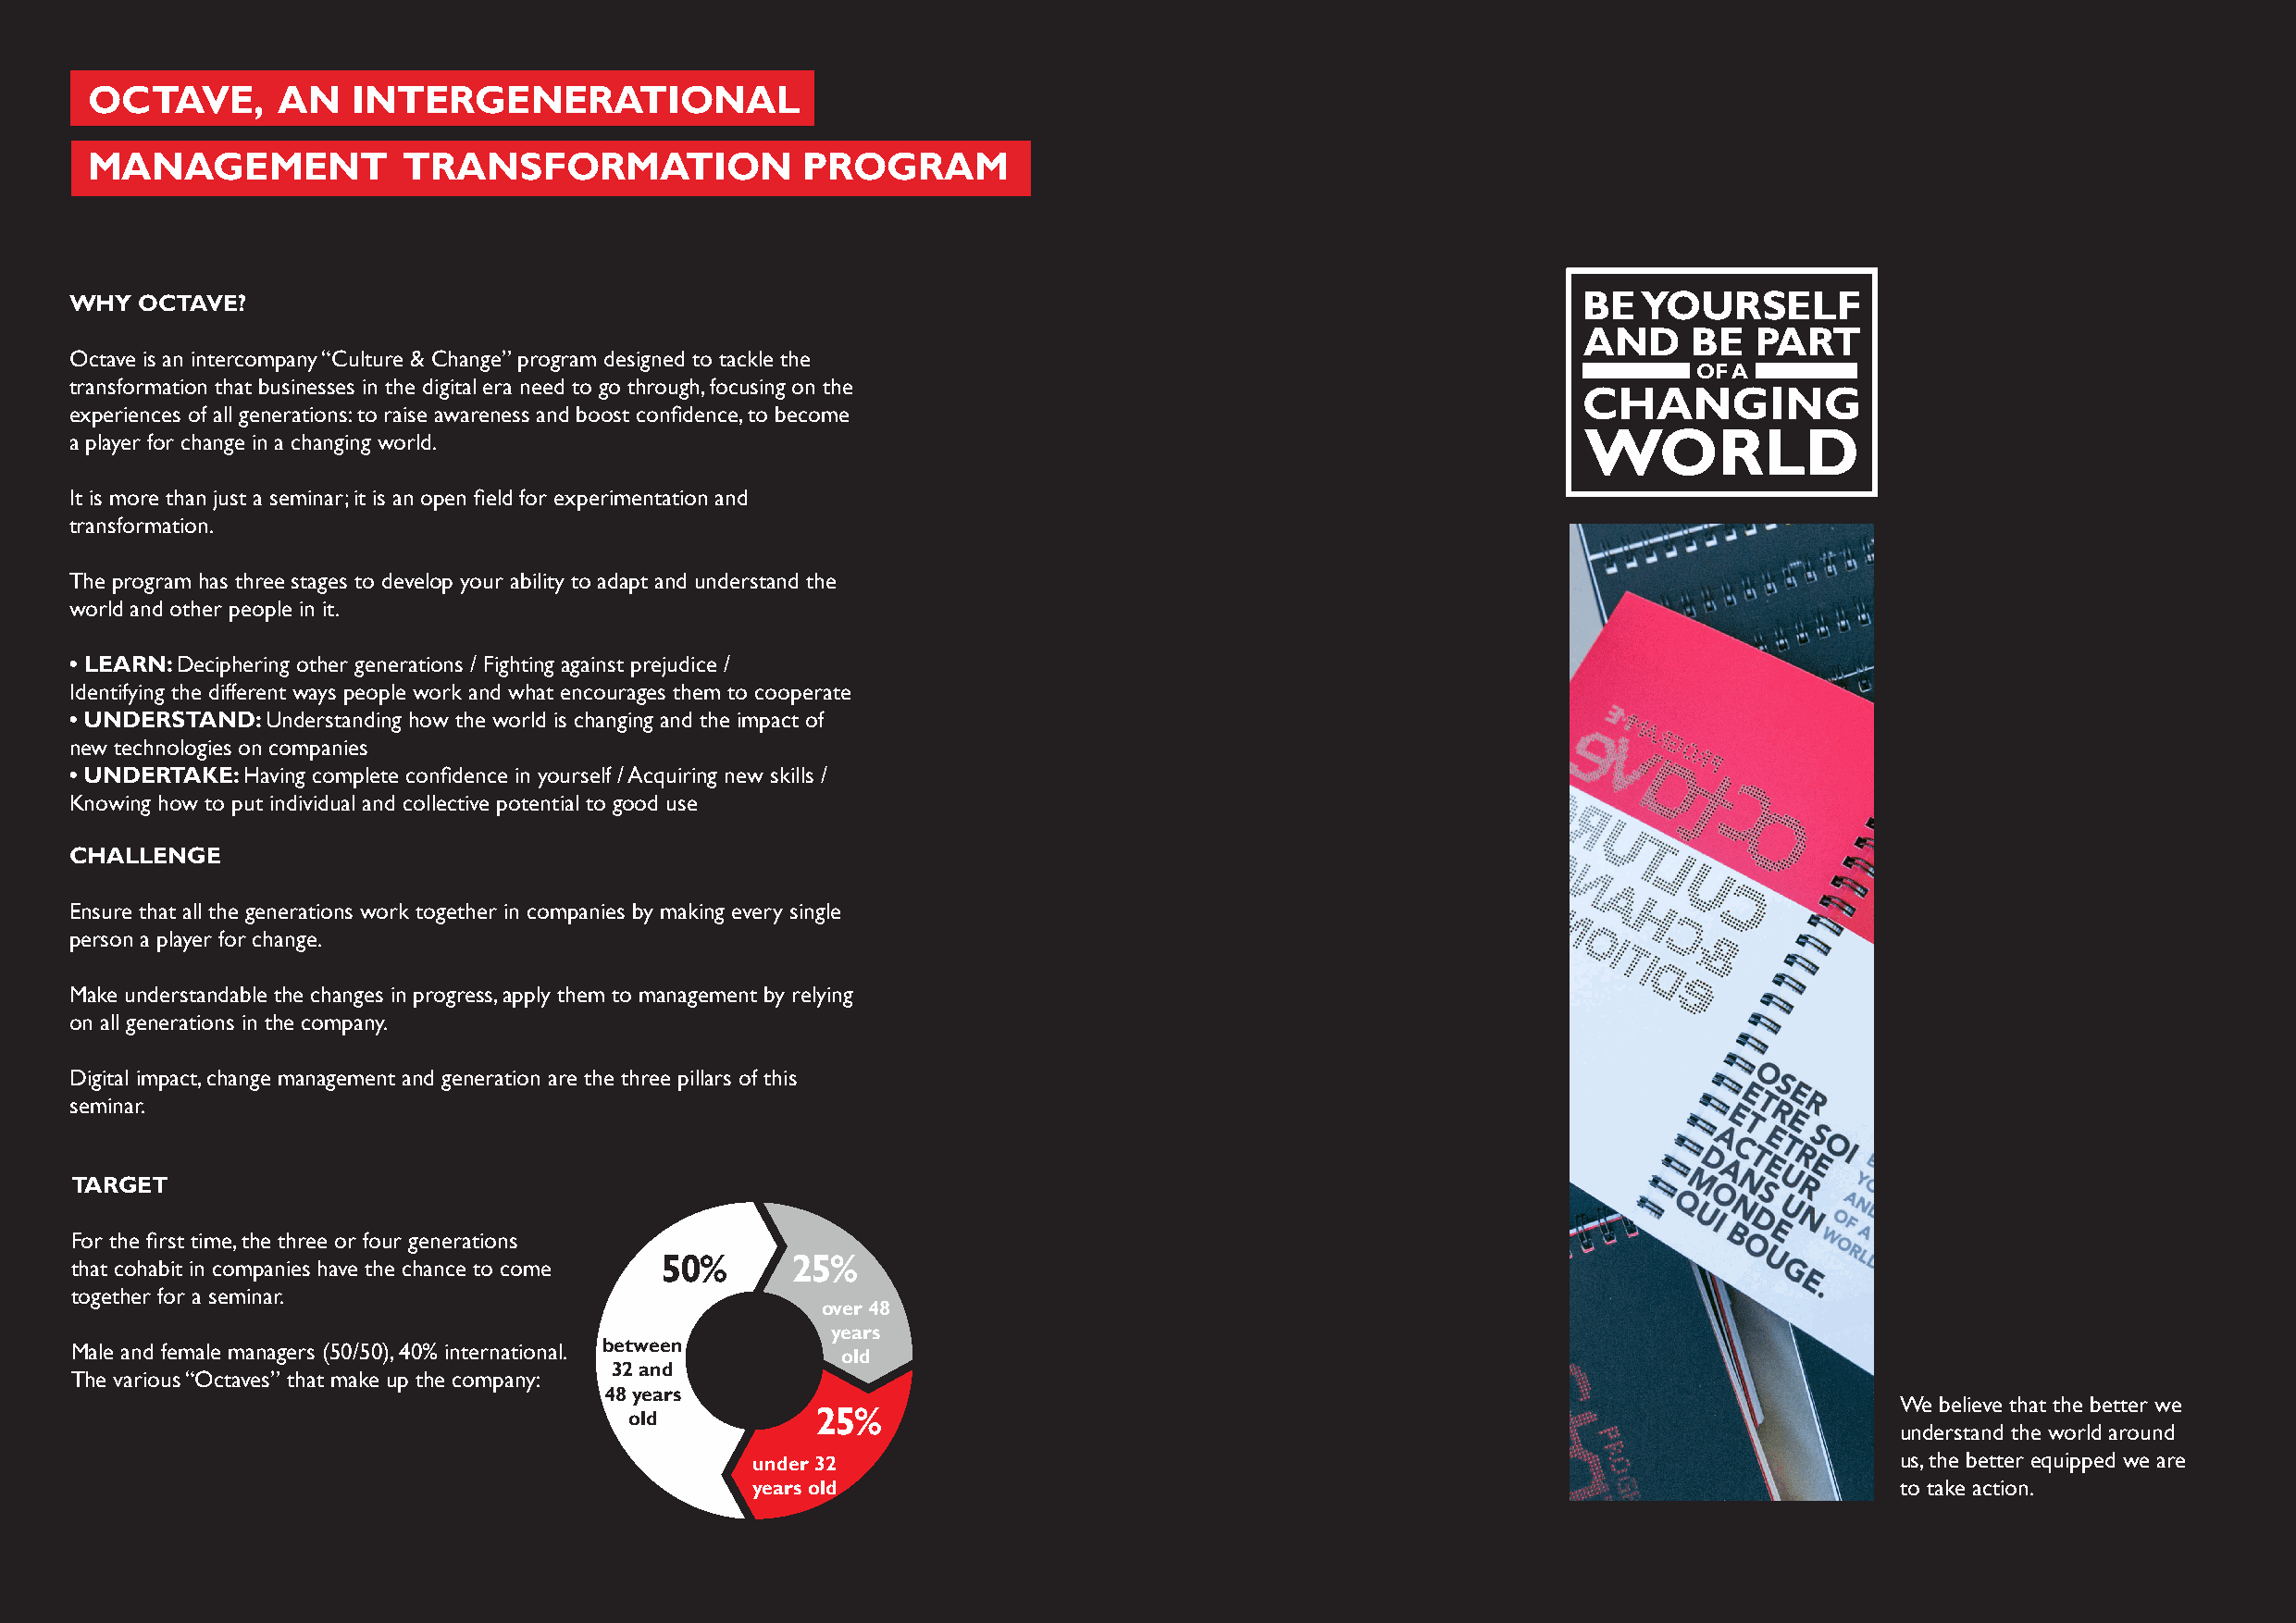
OCTAVE,       AN   INTERGENERATIONAL
 MANAGEMENT             TRANSFORMATION              PROGRAM
 WHY  OCTAVE?                                                                                                BE  YOURSELF
 AND     BE   PART
 Octave is an intercompany “Culture & Change” program designed to tackle the
 OF A
 transformation that businesses in the digital era need to go through, focusing on the
 CHANGING
 experiences of all generations: to raise awareness and boost confidence, to become
 a player for change in a changing world.                                                                    WORLD
 It is more than just a seminar; it is an open field for experimentation and
 transformation.
 The program has three stages to develop your ability to adapt and understand the
 world and other people in it.
 • LEARN: Deciphering other generations / Fighting against prejudice /
 Identifying the different ways people work and what encourages them to cooperate
 • UNDERSTAND: Understanding how the world is changing and the impact of
 new technologies on companies
 • UNDERTAKE: Having complete confidence in yourself / Acquiring new skills /
 Knowing how to put individual and collective potential to good use
 CHALLENGE
 Ensure that all the generations work together in companies by making every single
 person a player for change.
 Make understandable the changes in progress, apply them to management by relying
 on all generations in the company.
 Digital impact, change management and generation are the three pillars of this
 seminar.
 TARGET
 For the first time, the three or four generations
 that cohabit in companies have the chance to come 50% 25%
 together for a seminar.
 over 48
 years
 Male and female managers (50/50), 40% international. between
 old
 32 and
 The various “Octaves” that make up the company:
 48 years
 We believe that the better we
 old          25%
 understand the world around
 under 32                                                                          us, the better equipped we are
 years old                                                                         to take action.